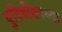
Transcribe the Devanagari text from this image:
युटिचीयनच्या